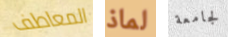
المعاطف لماذ لجامعة